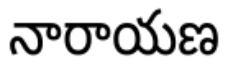
నారాయణ